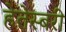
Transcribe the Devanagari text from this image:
हेतेस्बरी